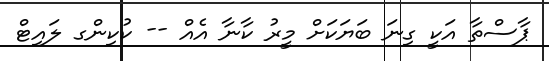
ޕާސްތާ އަކީ ގިނަ ބަޔަކަށް މީރު ކާނާ އެއް -- ކުކިންގ ލައިޓް